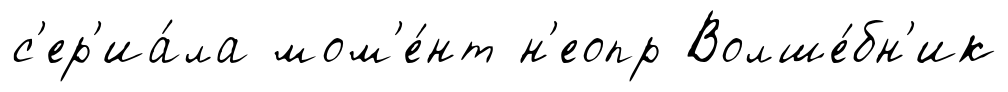
с'ер'иа́ла мом'е́нт н'еопр Волше́бн'ик